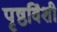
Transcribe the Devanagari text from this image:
पृष्ठविंशी